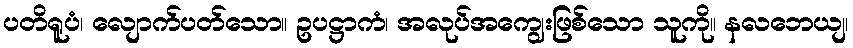
ပတိရူပံ၊ လျောက်ပတ်သော။ ဥပဋ္ဌာကံ၊ အလုပ်အကျွေးဖြစ်သော သူကို။ နလဘေယျ၊